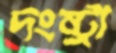
দংষ্ট্রা